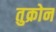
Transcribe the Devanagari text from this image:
तुक्रोन